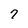
Character: 7